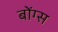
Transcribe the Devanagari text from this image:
बोंग्स